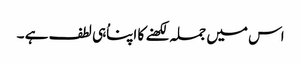
اس میں جملہ لکھنے کا اپناُہی لطف ہے ۔